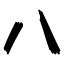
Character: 八